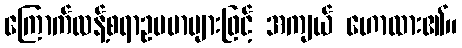
ကြောက်လန့်စရာဥပမာများဖြင့် အကျယ် ဟောထား၏။